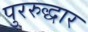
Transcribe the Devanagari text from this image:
पुररुद्धार